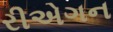
રીએગન